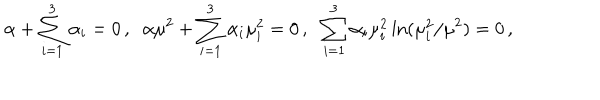
\alpha + \sum _ { i = 1 } ^ { 3 } \alpha _ { i } = 0 \, , \; \; \alpha \mu ^ { 2 } + \sum _ { i = 1 } ^ { 3 } \alpha _ { i } \mu _ { i } ^ { 2 } = 0 \, , \; \; \sum _ { i = 1 } ^ { 3 } \alpha _ { i } \mu _ { i } ^ { 2 } \ln ( \mu _ { i } ^ { 2 } / \mu ^ { 2 } ) = 0 \, ,